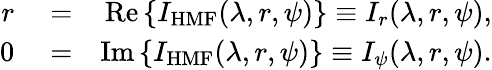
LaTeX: \begin{array}{rlr}{r}&{{}=}&{\mathrm{Re}\left\{ {I_{\mathrm{HMF}}(\lambda,r,\psi)}\right\} \equiv I_{r}(\lambda,r,\psi),}\\ {0}&{{}=}&{\mathrm{Im}\left\{ {I_{\mathrm{HMF}}(\lambda,r,\psi)}\right\} \equiv I_{\psi}(\lambda,r,\psi).}\end{array}